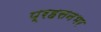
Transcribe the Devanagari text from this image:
प्रहसनभर